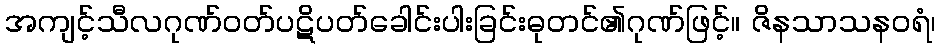
အကျင့်သီလဂုဏ်ဝတ်ပဋိပတ်ခေါင်းပါးခြင်းဓုတင်၏ဂုဏ်ဖြင့်။ ဇိနသာသနဝရံ၊